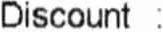
DISCOUNT :